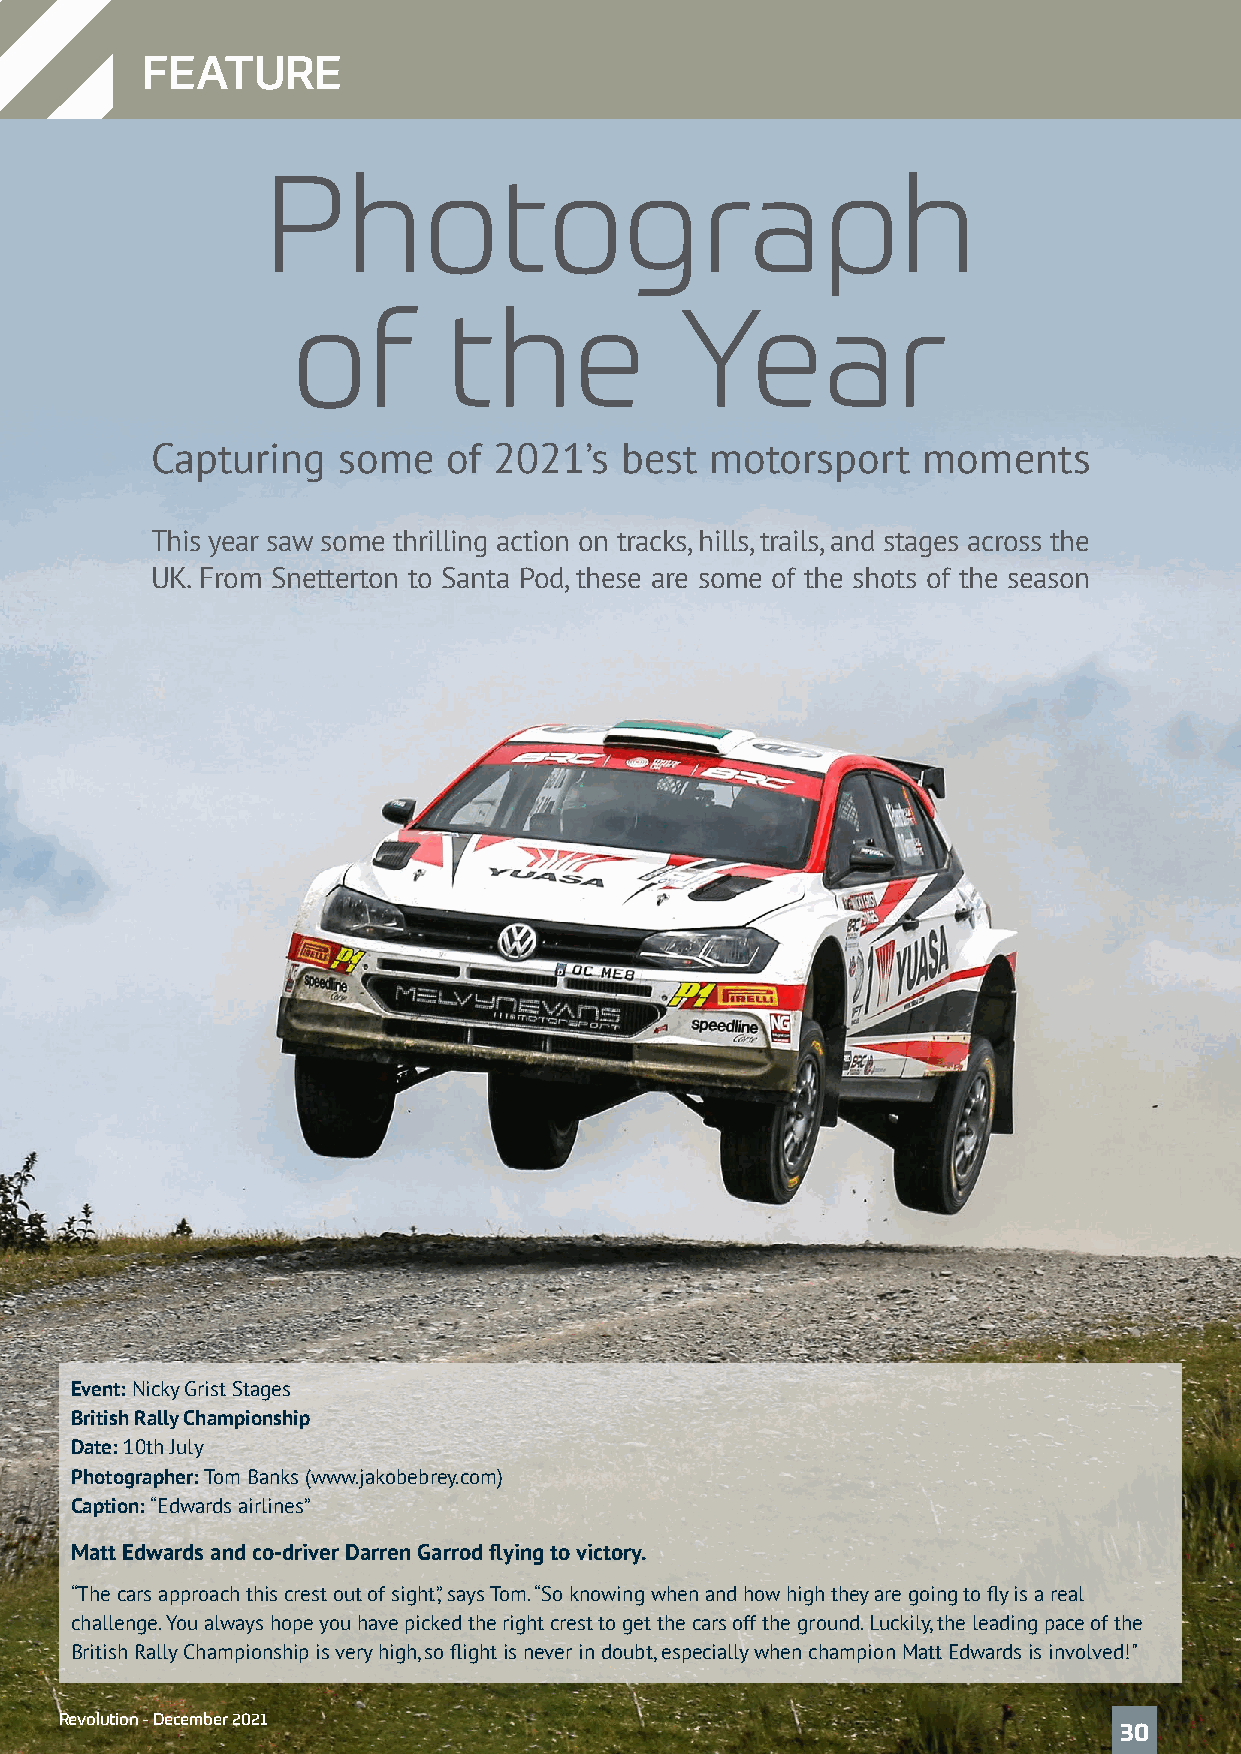
FEATURE
 Photograph
 of        the             Year
 Capturing   some    of 2021’s  best  motorsport    moments
 This year saw some thrilling action on tracks, hills, trails, and stages across the
 UK. From Snetterton to Santa Pod, these are some of the shots of the season
 Event: Nicky Grist Stages
 British Rally Championship
 Date: 10th July
 Photographer: Tom Banks (www.jakobebrey.com)
 Caption: “Edwards airlines”
 Matt Edwards and co-driver Darren Garrod flying to victory.
 “The cars approach this crest out of sight,” says Tom. “So knowing when and how high they are going to fly is a real
 challenge. You always hope you have picked the right crest to get the cars off the ground. Luckily, the leading pace of the
 British Rally Championship is very high, so flight is never in doubt, especially when champion Matt Edwards is involved!"
 Revolution - December 2021
 30